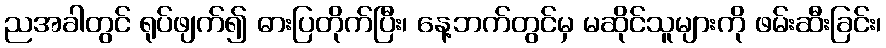
ညအခါတွင် ရုပ်ဖျက်၍ ဓားပြတိုက်ပြီး၊ နေ့ဘက်တွင်မှ မဆိုင်သူများကို ဖမ်းဆီးခြင်း၊